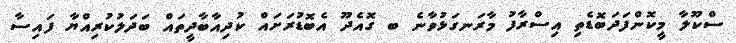
ސްކޫލާ މީކޮންފަދަބޮޑެތި އިސްރާފު މާރަނގަޅުވާނެ ބ ގޮއެދޫ އެބޮޑުރަށައް ކުދިއާބާދީތައް ބަދަލުކުރިއްޔާ ފައިސާ